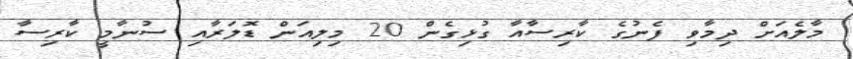
މާލެއަށް ދިމާވި ފެނުގެ ކާރިސާއާ ގުޅިގެން 20 މިލިއަން ޑޮލަރާއި ސުނާމީ ކާރިސާ